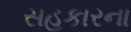
સહકારના